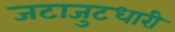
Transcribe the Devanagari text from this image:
जटाजुटधारी